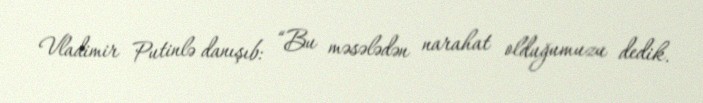
Vladimir Putinlə danışıb: “Bu məsələdən narahat olduğumuzu dedik.